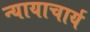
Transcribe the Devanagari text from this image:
न्यायाचार्य